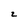
Character: 2